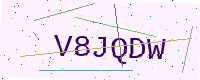
Text: V8JQDW